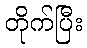
တိုက်ပြီး